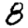
Digit: 8